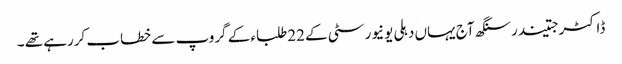
ڈاکٹرجتیندرسنگھ آج یہاں دہلی یونیورسٹی کے 22طلباء کے گروپ سے خطاب کررہے تھے ۔